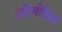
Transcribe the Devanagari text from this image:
ऑरथीसिस